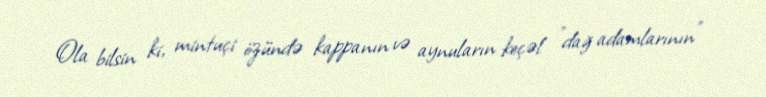
Ola bilsin ki, mintuçi özündə kappanın və aynuların keçəl "dağ adamlarının"